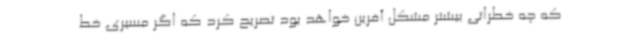
که چه خطراتی بیشتر مشکل آفرین خواهد بود تصریح کرد که اگر مسیری خط